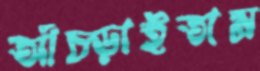
আঁচ্‌ড়াইতাম